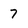
Character: 7